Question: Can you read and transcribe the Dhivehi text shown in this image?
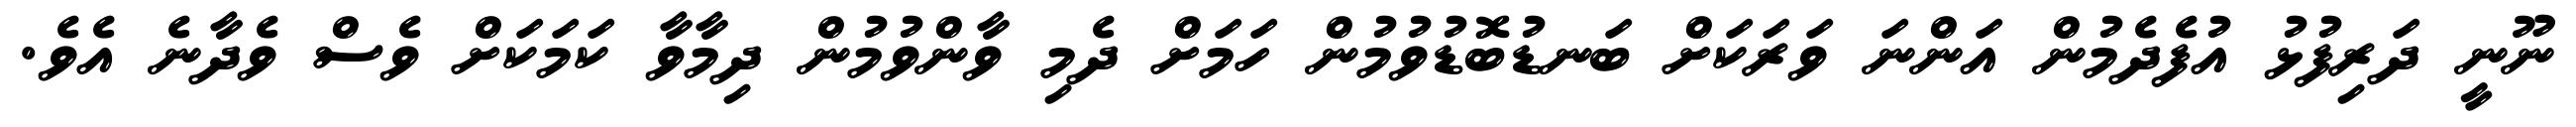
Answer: ނޫނީ ދަރިފުޅު އުފެދެމުން އަންނަ ވަރަކަށް ބަނޑުބޮޑުވުމުން ހަމަށް ދެމި ވާންވުމުން ދިމާވާ ކަމަކަށް ވެސް ވެދާނެ އެވެ.